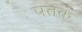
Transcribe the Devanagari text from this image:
पतक